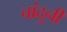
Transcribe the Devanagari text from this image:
चांदुनी